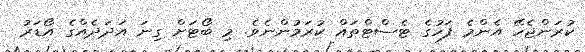
ކުރަންޖެހޭ އެންމެ ފަހުގެ ޓެސްޓްތައް ކުރަމުންނެވެ. މި ބޯޓަށް ގިނަ އަދަދެއްގެ އޯޑަރު